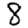
Digit: 8